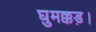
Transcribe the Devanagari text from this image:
घुमक्कड़।